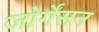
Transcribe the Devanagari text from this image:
जोर्गेंसन